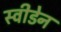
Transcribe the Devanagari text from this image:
स्‍वीडेन